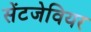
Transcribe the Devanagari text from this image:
सेंटजेवियर